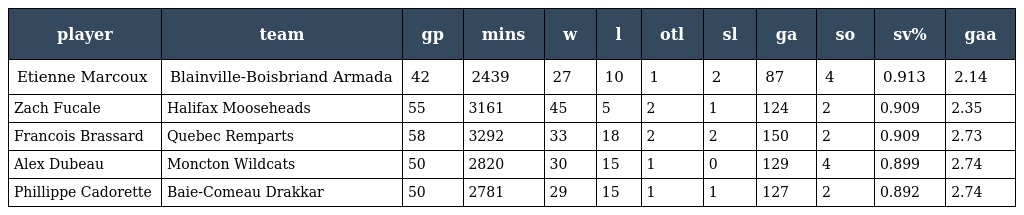
| player | team | gp | mins | w | l | otl | sl | ga | so | sv% | gaa |
 | --- | --- | --- | --- | --- | --- | --- | --- | --- | --- | --- | --- |
 | Etienne Marcoux | Blainville-Boisbriand Armada | 42 | 2439 | 27 | 10 | 1 | 2 | 87 | 4 | 0.913 | 2.14 |
 | Zach Fucale | Halifax Mooseheads | 55 | 3161 | 45 | 5 | 2 | 1 | 124 | 2 | 0.909 | 2.35 |
 | Francois Brassard | Quebec Remparts | 58 | 3292 | 33 | 18 | 2 | 2 | 150 | 2 | 0.909 | 2.73 |
 | Alex Dubeau | Moncton Wildcats | 50 | 2820 | 30 | 15 | 1 | 0 | 129 | 4 | 0.899 | 2.74 |
 | Phillippe Cadorette | Baie-Comeau Drakkar | 50 | 2781 | 29 | 15 | 1 | 1 | 127 | 2 | 0.892 | 2.74 |